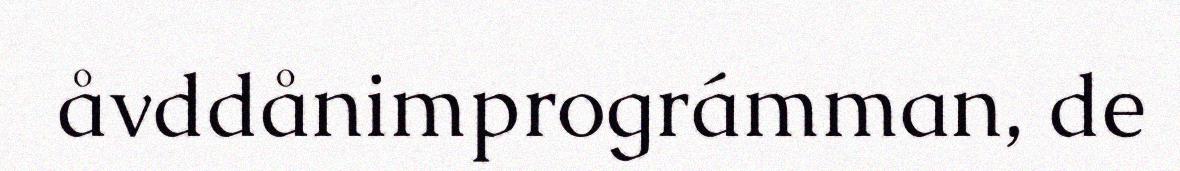
åvddånimprográmman, de